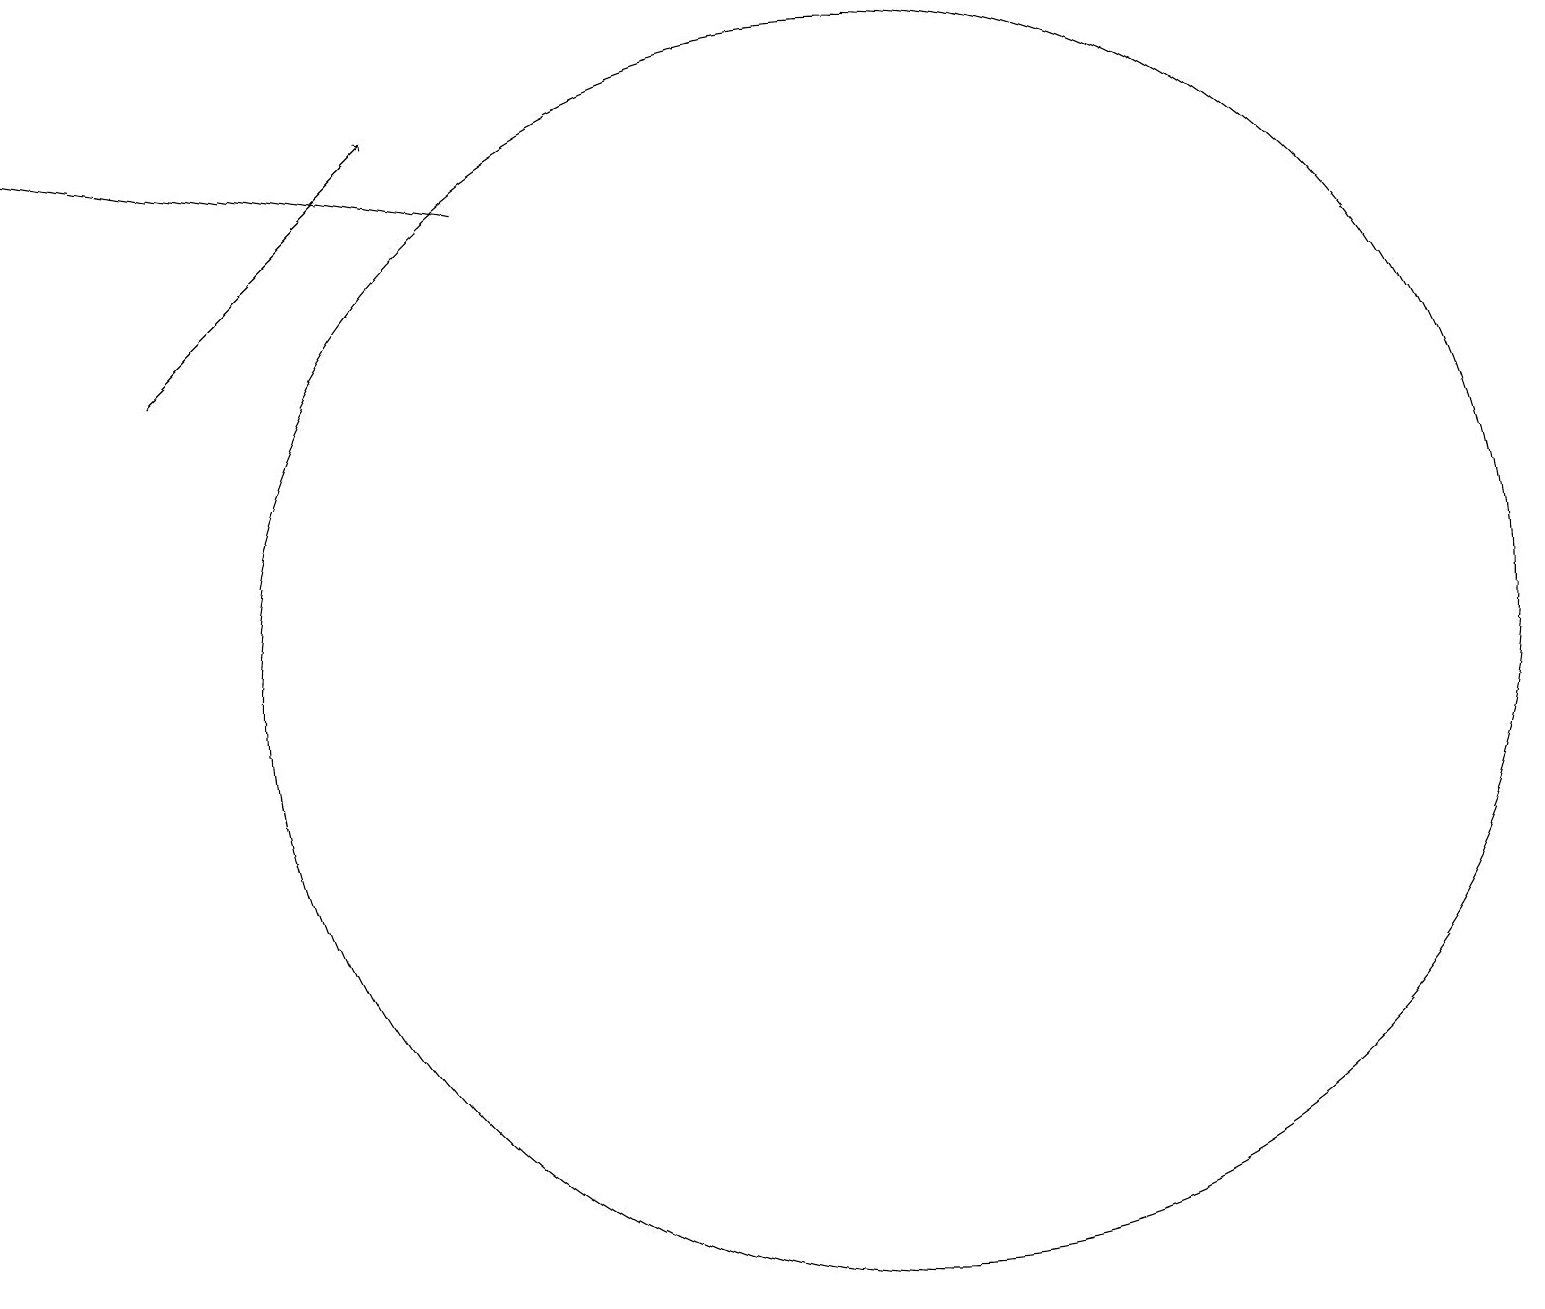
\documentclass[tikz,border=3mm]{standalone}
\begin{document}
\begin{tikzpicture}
\draw[->] (3,16) -- (6,19);
\draw (12,12) circle (8);
\draw[->] (7,18) -- (1,19);
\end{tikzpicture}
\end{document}